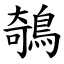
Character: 鵸